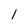
Character: l